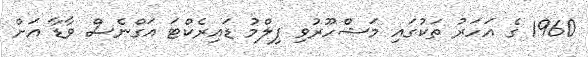
1960 ގެ އަހަރު ތަކުގައި މަޝްހޫރުވި ފިލްމު ޑައިރެކްޓަ އަގްނެސް ވާޑާ އަށް